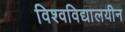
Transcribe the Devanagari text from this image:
विश्वविद्यालयीन